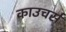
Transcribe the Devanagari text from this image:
काउचर्स